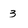
Character: 3